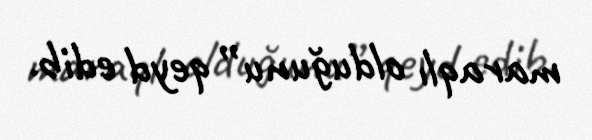
maraqlı olduğunu” qeyd edib.